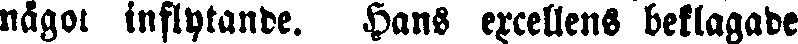
något inflytande. Hans excellens beklagade